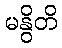
မနွိတိ